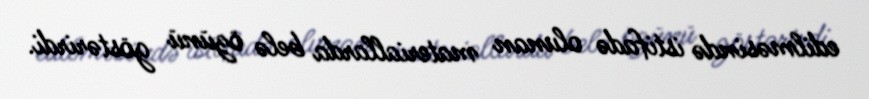
edilməsində istifadə olunan materiallarda belə özünü göstərirdi.